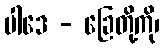
ပါဒေ - ခြေတို့ကို၊